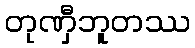
တုဏှီဘူတဿ